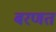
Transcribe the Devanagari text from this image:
बरणत